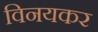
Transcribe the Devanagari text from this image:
विनयकर